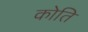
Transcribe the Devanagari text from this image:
कोति